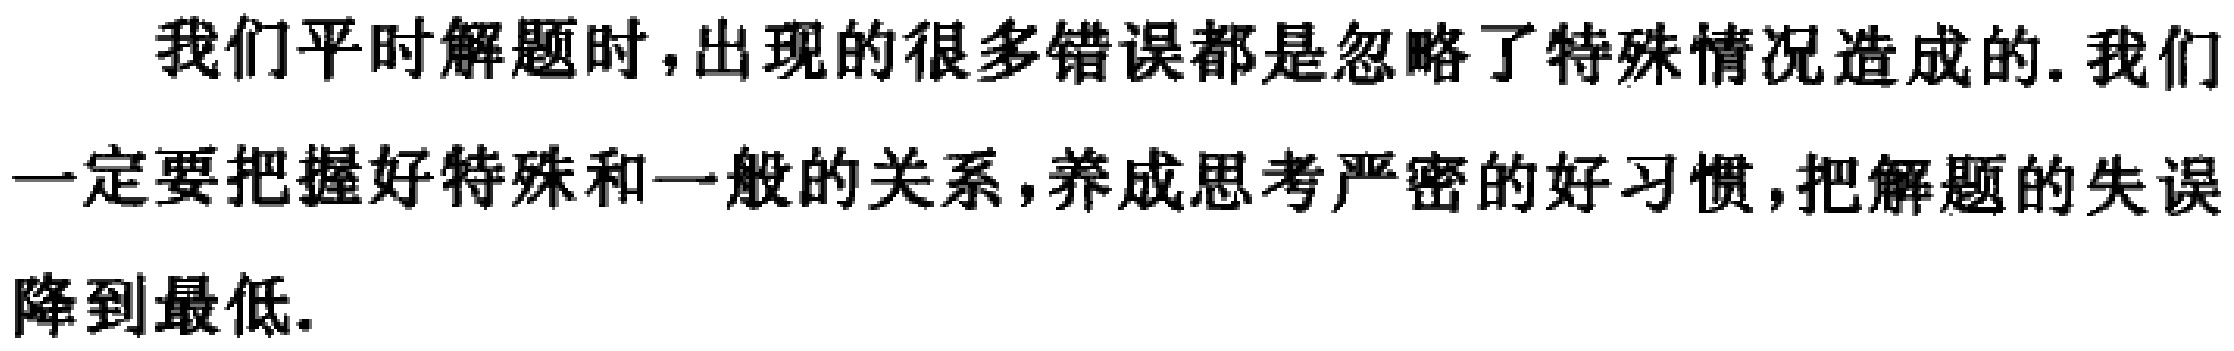
我们平时解题时,出现的很多错误都是忽略了特殊情况造成的. 我们一定要把握好特殊和一般的关系,养成思考严密的好习惯,把解题的失误降到最低.